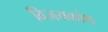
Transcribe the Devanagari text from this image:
विजयकांथ